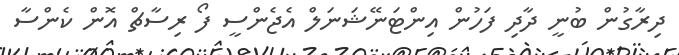
ދިރާގުން ބުނީ ދާދި ފަހުން އިންޓަނޭޝަނަލް އެޖެންސީ ފޯ ރިސާޗް އޮން ކެންސާ